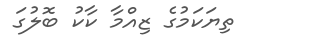
ތިޔަކަމުގެ ޒިއްމާ ކާކު ބޮލުގަ